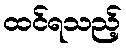
ထင်ရသည့်